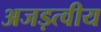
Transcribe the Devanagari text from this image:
अजड़त्वीय